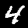
Digit: 4